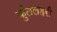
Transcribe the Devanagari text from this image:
कुंतलहरी